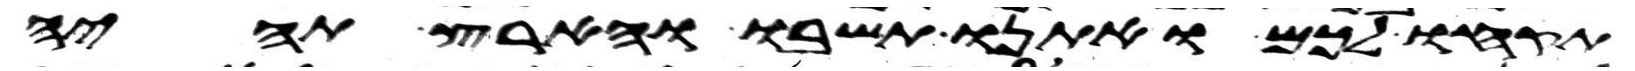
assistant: תקחו לכם ואתנו תשבו והארץ תהיה